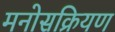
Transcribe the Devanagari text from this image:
मनोसक्रियण